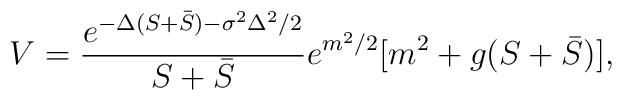
V = \frac{e^{-\Delta(S + \bar S)-\sigma^2 \Delta^2/2}}{S + \bar S}e^{m^2/2}[m^2+ g(S+\bar S)] ,